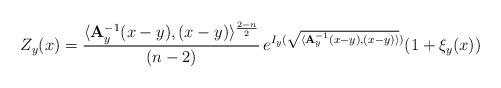
LaTeX: \begin{align*}Z_y(x)=\frac{\langle {\bf A}_y^{-1}(x-y),(x-y)\rangle^{\frac{2-n}{2}}}{(n-2)}\,e^{I_y(\sqrt{\langle{\bf A}_y^{-1}(x-y),(x-y)\rangle})}(1+\xi_y(x))\end{align*}